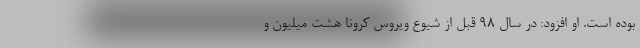
بوده است. او افزود: در سال ۹۸ قبل از شیوع ویروس کرونا هشت میلیون و